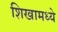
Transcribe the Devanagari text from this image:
शिखामध्ये